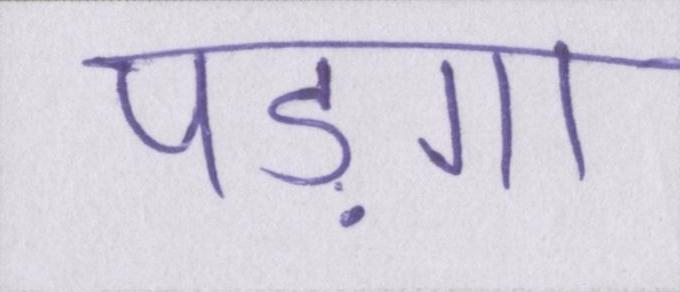
पड़ेगा